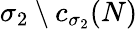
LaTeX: \sigma_{2}\setminus c_{\sigma_{2}}({N})